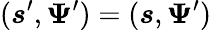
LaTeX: (\boldsymbol s^{\prime},\boldsymbol\Psi^{\prime})=(\boldsymbol s,\boldsymbol\Psi^{\prime})